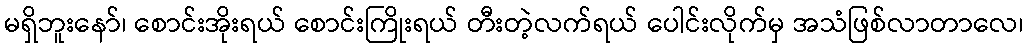
မရှိဘူးနော်၊ စောင်းအိုးရယ် စောင်းကြိုးရယ် တီးတဲ့လက်ရယ် ပေါင်းလိုက်မှ အသံဖြစ်လာတာလေ၊